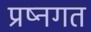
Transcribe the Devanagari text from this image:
प्रष्नगत